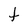
Character: t